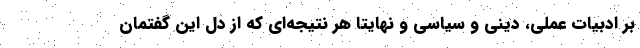
بر ادبیات عملی، دینی و سیاسی و نهایتاً هر نتیجه‌ای که از دل این گفتمان